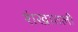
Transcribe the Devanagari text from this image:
शंखातली